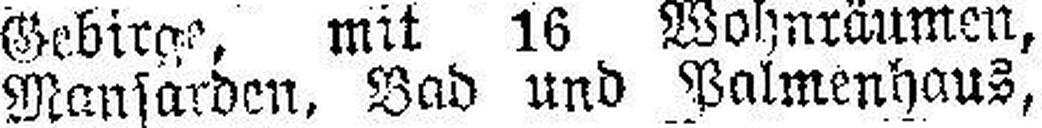
Mansarden. Bad und Palmenhaus,